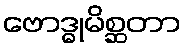
ဗောဒ္ဓုမိစ္ဆတာ